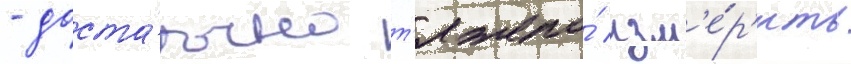
- доста́точно т'яжело́ изм'е́р'ить